Report on lock hospitals in British Burma
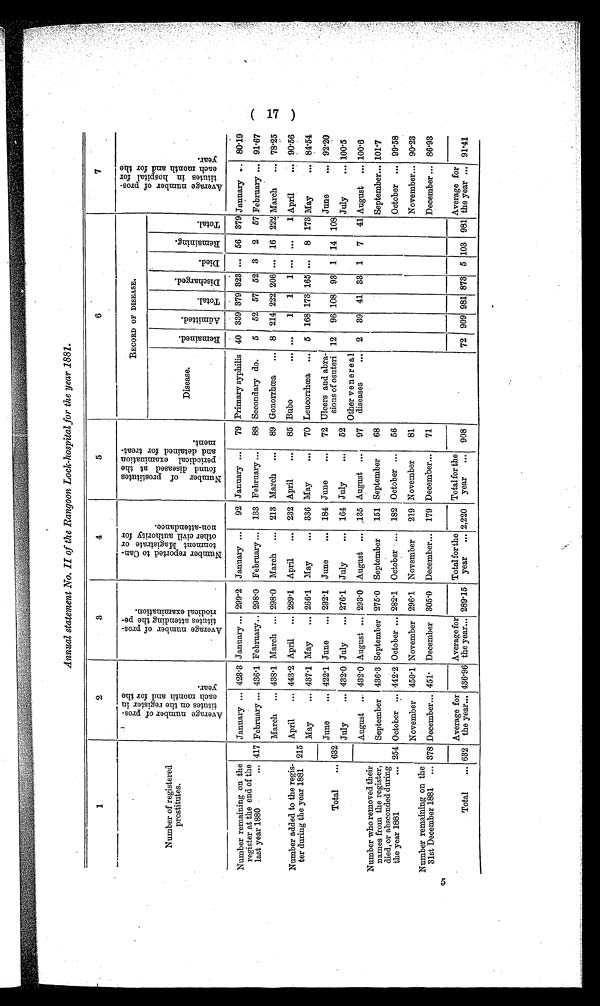
Annual statement No. II of the Rangoon Lock-hospital for the year 1882.
5
1
2
3
4
5
6
7
Number of registered
prostitutes.
A v e r a g e n u m b e r o f p r o s t i t u t e s o n t h e r e g i s t e r i n e a c h a n d f o r t h e y e a r .
A v e r a g e n u m b e r o f p r o s t i t u t e s a t t e n d i n g t h e p e r i o d i c a l e x a m i n a t i o n .
N u m b e r r e p o r t e d t o C a n t o n m e n t M a g i s t r a t e o r o t h e r c i v i l a u t h o r i t y f o r n o n - a t t e n d a n c e .
N u m b e r o f p r o s t i t u t e s f o u n d d i s e a s e d a t t h e p e r i o d i c a l e x a m i n a t i o n a n d d e t a i n e d f o r t r e a t m e n t .
RECORD OF DISEASE.
A v e r a g e n u m b e r o f p r o s t i t u t e s i n h o s p i t a l f o r e a c h m o n t h a n d f o r t h e y e a r .
Disease.
R e m a i n e d .
A d m i t t e d .
T o t a l .
D i s c h a r g e d .
D i e d .
R e m a i n i n g .
T o t a l .
Number remaining on the
register at the end of the
last year 1880
...
January ... 423.3 January ... 299.2 January ...
92 January ...
79 Primary syphilis 40 339 379 323 ... 56 379 January ... 80'19
417 February ... 436.1 February .. 2980 February ... 133 February ...
88 Secondary do.
5
52 57 52 3 2 57 February ... 9167
Number added to the regis-
ter during the year 1881 215
March
... 438.1 March ... 2980 March ... 213 March ...
89 Gonorrhœa ... 8 214 222 206 ... 16 222 March
... 7825
April
... 443.2 April ... 2891 April
...
232 April
...
85 Bubo
1 1 1 ... ...
1 April
... 9056
May
... 437.1 May ... 2661 May
...
336 May
...
70 Leucorrhœa ... 5 168 173 165 ... 8 173 May
... 8454
Total
... 632
June
... 422.1 June
... 2921 June
...
184 June
...
72 Ulcers and abra-
sions of osuteri 12 96 108 93 1 14 108
June
... 92.20
July
... 432.0 July
... 2761 July
... 164 July
...
52
Other venereal
diseases
...
July ... 1005
Number who removed their
names from the register,
died, or absconded during
the year 1881
...
August ... 432.0 August ... 2930 August ... ,135 August
97
2
39 41 33 1 7 41 August ... 100.6
September 436.3 September 275.0 September
151 September
68
September... 1011
254 October ... 442.2 October ... 282.1 October ... 182 October ...
56
October ... 9958
Number remaining on the
31st December 1881 ...
November
450.1 November 2961 November
219 November
81
November... 9023
378 December... 451 December 305.0 December... 179 December...
71
December ... 8693
Total
... 632
Average for
the year... 436.96
Average for
the year... 289.15
Total for the
year
... 2,220
Total for the
year
...
908
72 909 981 873 5 103 981
Average for
the year ... 9141
(17)